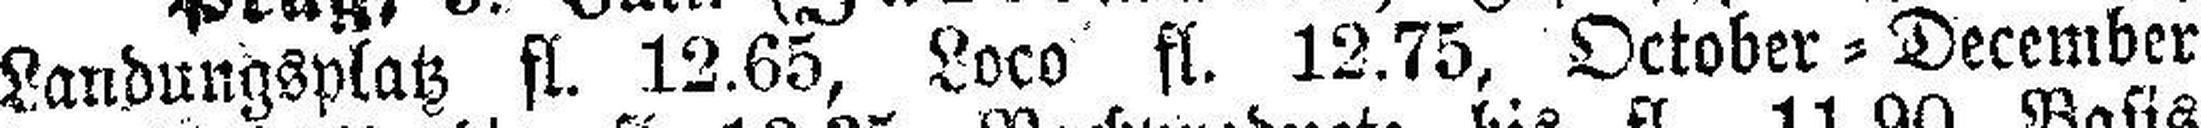
Landungsplatz fl. 12.65, Loco fl. 12.75, October=December